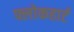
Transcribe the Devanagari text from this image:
फ्लोकहार्ट